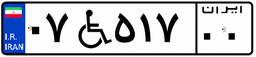
۰۷W۵۱۷۰۰